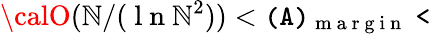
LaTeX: {\calO}(\mathbb{N}/(\mathrm{{~l~n~}}\mathbb{N}^{2}))<\tt(A)_{\mathrm{{~m~a~r~g~i~n~}}}<